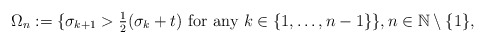
\begin{align*}\Omega_{n}:=\{\sigma_{k+1}>{\textstyle\frac{1}{2}}(\sigma_{k}+t)\textrm{ for any }k\in\{1,\dots,n-1\}\},n\in\mathbb{N}\setminus\{1\},\end{align*}